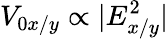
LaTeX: V_{0x/y}\propto|E_{x/y}^{2}|